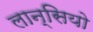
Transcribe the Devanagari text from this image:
लान्सियो